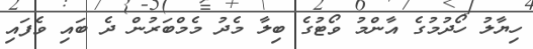
ހިޔާލު ހޯދުމުގެ އާންމު ވޯޓުގެ ބިލާ މެދު މެމްބަރުން ދެ ބައި ވެފައި